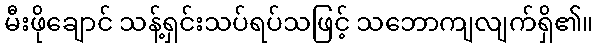
မီးဖိုချောင် သန့်ရှင်းသပ်ရပ်သဖြင့် သဘောကျလျက်ရှိ၏။